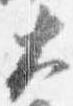
大